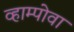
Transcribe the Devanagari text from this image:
व्हाम्पोवा